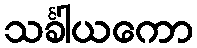
သင်္ခါယကော